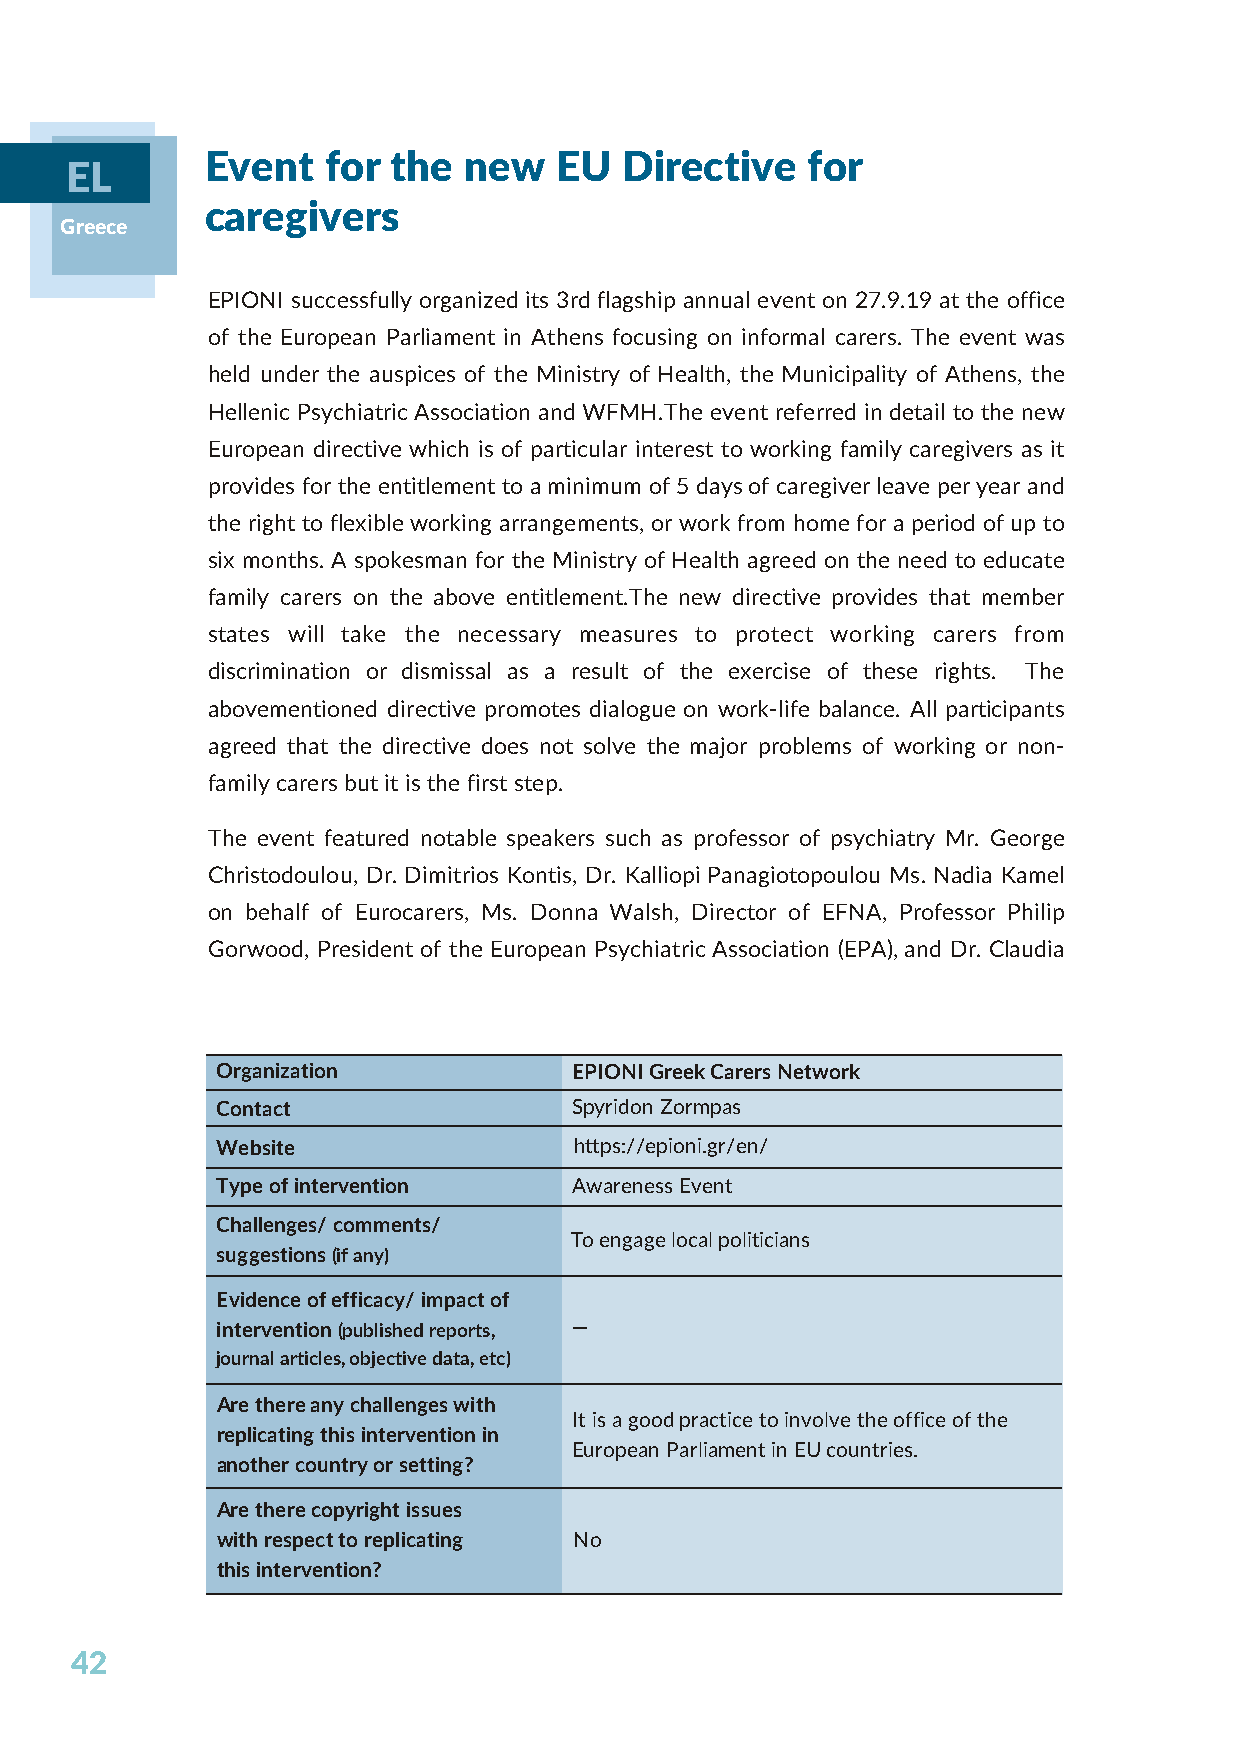
Event   for the  new   EU  Directive   for
 EL
 caregivers
 Greece
 EPIONI successfully organized its 3rd flagship annual event on 27.9.19 at the office
 of the European Parliament in Athens focusing on informal carers. The event was
 held under the auspices of the Ministry of Health, the Municipality of Athens, the
 Hellenic Psychiatric Association and WFMH.The event referred in detail to the new
 European directive which is of particular interest to working family caregivers as it
 provides for the entitlement to a minimum of 5 days of caregiver leave per year and
 the right to flexible working arrangements, or work from home for a period of up to
 six months. A spokesman for the Ministry of Health agreed on the need to educate
 family carers on the above entitlement.The new directive provides that member
 states will take the necessary measures to protect working carers from
 discrimination or dismissal as a result of the exercise of these rights. The
 abovementioned directive promotes dialogue on work-life balance. All participants
 agreed that the directive does not solve the major problems of working or non-
 family carers but it is the first step.
 The event featured notable speakers such as professor of psychiatry Mr. George
 Christodoulou, Dr. Dimitrios Kontis, Dr. Kalliopi Panagiotopoulou Ms. Nadia Kamel
 on behalf of Eurocarers, Ms. Donna Walsh, Director of EFNA, Professor Philip
 Gorwood, President of the European Psychiatric Association (EPA), and Dr. Claudia
 Organization            EPIONI Greek Carers Network
 Contact                 Spyridon Zormpas
 Website                 https://epioni.gr/en/
 Type of intervention    Awareness Event
 Challenges/ comments/
 To engage local politicians
 suggestions (if any)
 Evidence of efficacy/ impact of
 intervention (published reports, —
 journal articles, objective data, etc)
 Are there any challenges with
 It is a good practice to involve the office of the
 replicating this intervention in
 European Parliament in EU countries.
 another country or setting?
 Are there copyright issues
 with respect to replicating No
 this intervention?
 42